Vaccination in Bombay 1863-1868 - 1863-1868
Year: 1863
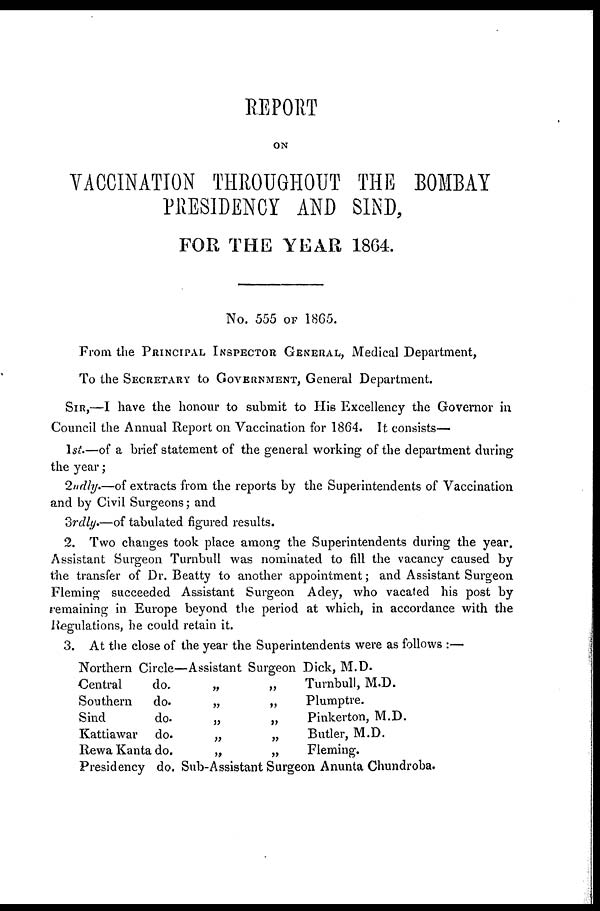
REPORT
ON
VACCINATION THROUGHOUT THE BOMBAY
PRESIDENCY AND SIND,
FOR THE YEAR 1864.
No. 555 OF 1865.
From the PRINCIPAL INSPECTOR GENERAL, Medical Department,
To the SECRETARY to GOVERNMENT, General Department.
SIR,—I have the honour to submit to His Excellency the Governor in
Council the Annual Report on Vaccination for 1864. It consists—
1st—of a brief statement of the general working of the department during
the year;
2ndly.—of extracts from the reports by the Superintendents of Vaccination
and by Civil Surgeons; and
3rdly.—of tabulated figured results.
2. Two changes took place among the Superintendents during the year.
Assistant Surgeon Turnbull was nominated to fill the vacancy caused by
the transfer of Dr. Beatty to another appointment; and Assistant Surgeon
Fleming succeeded Assistant Surgeon Adey, who vacated his post by
remaining in Europe beyond the period at which, in accordance with the
Regulations, he could retain it.
3. At the close of the year the Superintendents were as follows :—
Northern Circle—Assistant Surgeon Dick, M.D.
Central
do.
„
„
Turnbull, M.D.
Southern
do.
„
„
Plumptre.
Sind
do.
„
„
Pinkerton, M.D.
Kattiawar do.
„
„
Butler, M.D.
Rewa Kanta do.
„
„
Fleming.
Presidency do. Sub-Assistant Surgeon Anunta Chundroba.